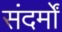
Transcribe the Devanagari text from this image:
संदर्मों